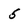
Character: 5